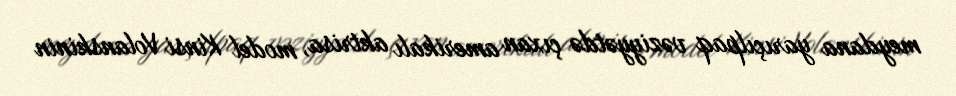
meydana yarıçılpaq vəziyyətdə çıxan amerikalı aktrisa, model Kinsi Volanskinin